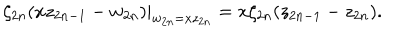
\zeta _ { 2 n } ( x z _ { 2 n - 1 } - w _ { 2 n } ) | _ { w _ { 2 n } = x z _ { 2 n } } = x \zeta _ { 2 n } ( z _ { 2 n - 1 } - z _ { 2 n } ) .